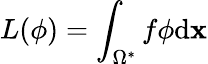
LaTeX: L(\phi)=\int_{\Omega^{*}}f\phi\mathrm{d}\mathbf{{x}}